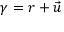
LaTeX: \gamma = r + { \vec { u } }